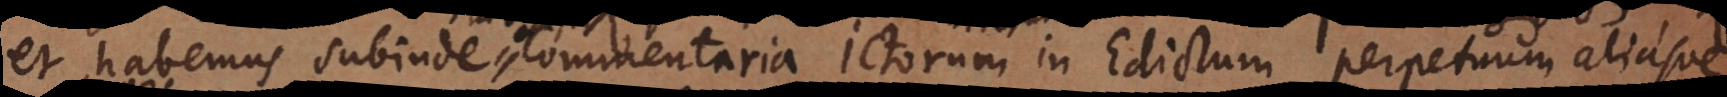
et habemus subinde commentaria Jurisconsultorum in Edictum perpetuum aliasve